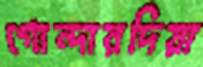
গোন্দারদিয়া